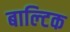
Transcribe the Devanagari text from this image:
बाल्‍टिक